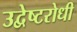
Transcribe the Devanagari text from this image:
उद्वेष्टरोधी